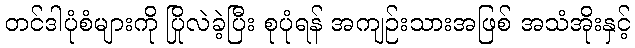
တင်ဒါပုံစံများကို ပြိုလဲခဲ့ပြီး စုပုံရန် အကျဉ်းသားအဖြစ် အသံအိုးနှင့်